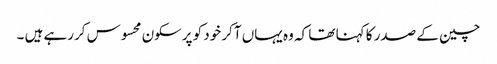
چین کے صدر کا کہنا تھا کہ وہ یہاں آکر خود کو پرسکون محسوس کررہے ہیں ۔